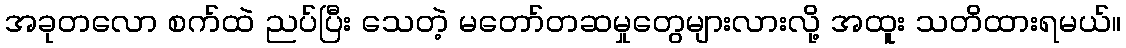
အခုတလော စက်ထဲ ညပ်ပြီး သေတဲ့ မတော်တဆမှုတွေများလားလို့ အထူး သတိထားရမယ်။